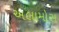
અલામોસ